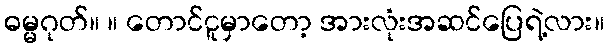
ဓမ္မဂုတ်။ ။ တောင်ငူမှာတော့ အားလုံးအဆင်ပြေရဲ့လား။